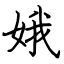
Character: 娥